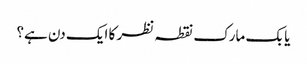
یا بک مارک نقطہ نظر کا ایک دن ہے؟